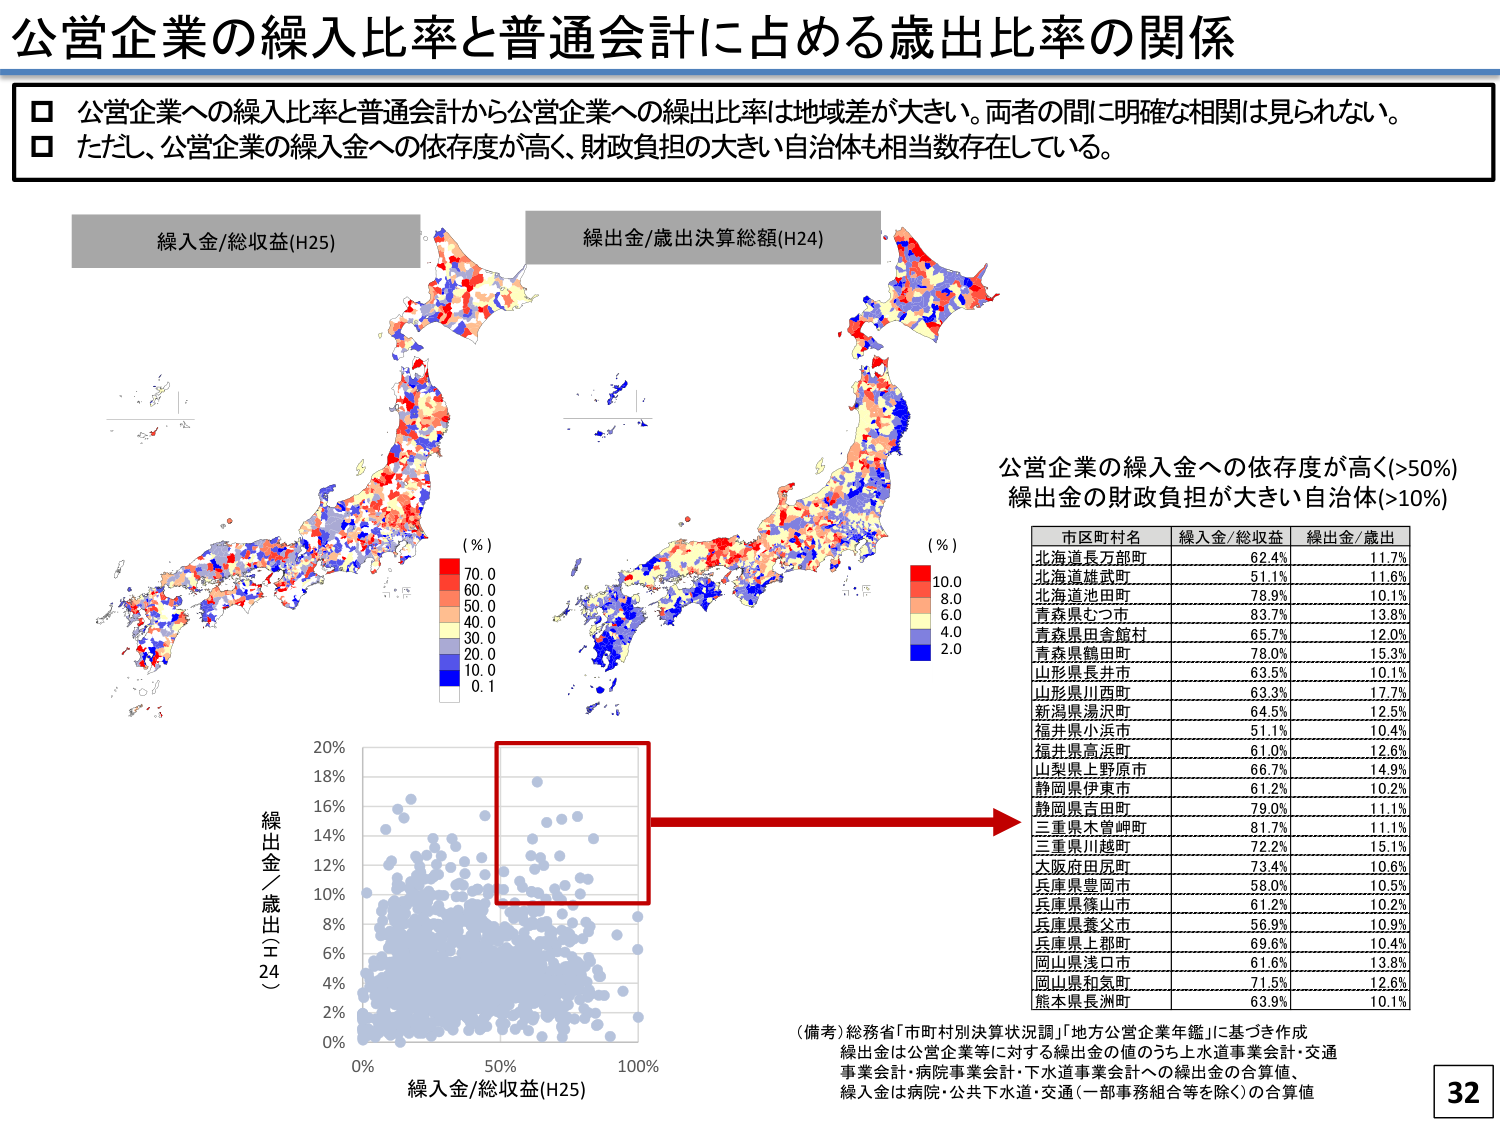
公営企業の繰入比率と普通会計に占める歳出比率の関係

□ 公営企業への繰入比率と普通会計から公営企業への繰出比率は地域差が大きい。両者の間に明確な相関は見られない。
□ ただし、公営企業の繰入金への依存度が高く、財政負担の大きい自治体も相当数存在している。

繰入金/総収益(H25)
(％)
70.0
60.0
50.0
40.0
30.0
20.0
10.0
0.1

繰出金/歳出決算総額(H24)
(％)
10.0
8.0
6.0
4.0
2.0

公営企業の繰入金への依存度が高い(>50%)
繰出金の財政負担が大きい自治体(>10%)

市区町村名 繰入金/総収益 繰出金/歳出
北海道長万部町 62.4% 11.7%
北海道雄武町 51.1% 11.6%
北海道池田町 78.9% 10.1%
青森県むつ市 83.7% 13.8%
青森県田舎館村 65.7% 12.0%
青森県鶴田町 78.0% 15.3%
山形県長井市 63.5% 10.1%
山形県川西町 63.3% 17.7%
新潟県湯沢町 64.5% 12.5%
福井県小浜市 51.1% 10.4%
福井県高浜町 61.0% 12.6%
山梨県上野原市 66.7% 14.9%
静岡県伊東市 61.2% 10.2%
静岡県吉田町 79.0% 11.1%
三重県木曽岬町 81.7% 11.1%
三重県川越町 72.2% 15.1%
大阪府田尻町 73.4% 10.6%
兵庫県豊岡市 58.0% 10.5%
兵庫県篠山市 61.2% 10.2%
兵庫県養父市 56.9% 10.9%
兵庫県上郡町 69.6% 10.4%
岡山県浅口市 61.6% 13.8%
岡山県和気町 71.5% 12.6%
熊本県長洲町 63.9% 10.1%

(備考) 総務省「市町村別決算状況調」 「地方公営企業年鑑」に基づき作成
繰出金は公営企業等に対する繰出金の値のうち上水道事業会計・交通
事業会計・病院事業会計・下水道事業会計への繰出金の合算値、
繰入金は病院・公共下水道・交通（一部事務組合等を除く）の合算値

32

繰出金／歳出（H24）
20%
18%
16%
14%
12%
10%
8%
6%
4%
2%
0%
0% 50% 100%
繰入金/総収益(H25)